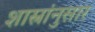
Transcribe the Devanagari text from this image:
शास्त्रांनुसार